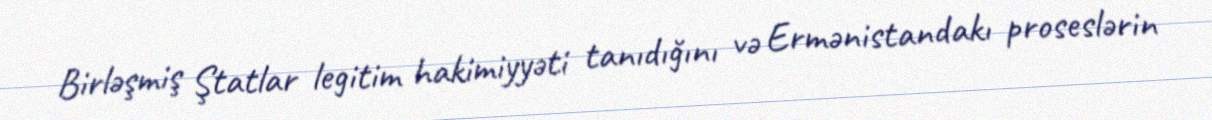
Birləşmiş Ştatlar legitim hakimiyyəti tanıdığını və Ermənistandakı proseslərin